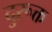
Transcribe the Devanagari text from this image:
दुरूक्त